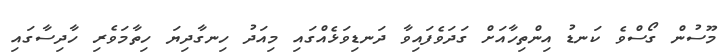
މޫސުން ގޯސްވެ ކަނޑު އިންތިހާއަށް ގަދަވެފައިވާ ދަނޑިވަޅެއްގައި މިއަދު ހިނގާދިޔަ ހިތާމަވެރި ހާދިސާގައި